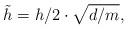
LaTeX: \begin{align*}\tilde h=h/2\cdot\sqrt{d/m},\end{align*}